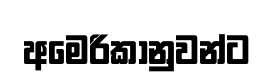
අමෙරිකානුවන්ට